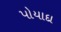
પોયાદા